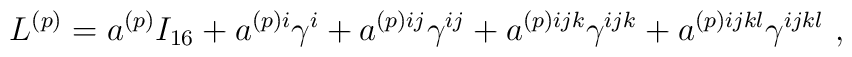
L^{(p)} = a^{(p)} I_{16} + a^{(p)i} \gamma^i + a^{(p)ij} \gamma^{ij} + a^{(p)ijk} \gamma^{ijk} + a^{(p)ijkl} \gamma^{ijkl} ~ ,